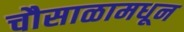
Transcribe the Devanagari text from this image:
चौसाळामधून